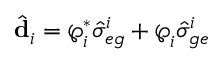
\hat { \mathbf { d } } _ { i } = \boldsymbol { \wp } _ { i } ^ { * } \hat { \sigma } _ { e g } ^ { i } + \boldsymbol { \wp } _ { i } \hat { \sigma } _ { g e } ^ { i }